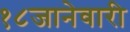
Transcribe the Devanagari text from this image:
१८जानेवारी